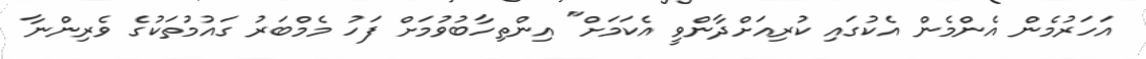
އަހަރުމެން އެންމެން އެކުގައި ކުރިއަށްދާންވީ އެކަމަށް" އިންތިހާބުވުމަށް ފަހު މެމްބަރު ގައުމުތަކުގެ ވެރިންނާ